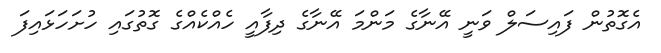
އެގޮތުން ފައިސަލް ވަނީ އޭނާގެ މަންމަ އޭނާގެ ދިފާއީ ހެއްކެއްގެ ގޮތުގައި ހުށަހަޅައިފަ